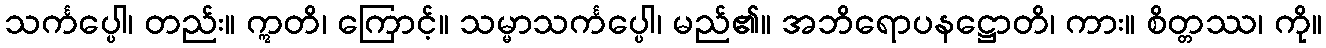
သင်္ကပ္ပေါ၊ တည်း။ ဣတိ၊ ကြောင့်။ သမ္မာသင်္ကပ္ပေါ၊ မည်၏။ အဘိရောပနဋ္ဌောတိ၊ ကား။ စိတ္တဿ၊ ကို။